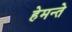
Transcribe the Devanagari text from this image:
हेमन्ते